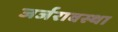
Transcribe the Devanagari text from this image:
जर्जरावस्था